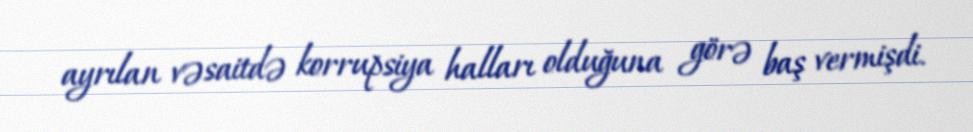
ayrılan vəsaitdə korrupsiya halları olduğuna görə baş vermişdi.